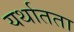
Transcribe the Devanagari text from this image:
यर्थातता